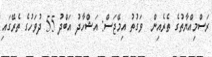
ރަސްމިއްޔާތުގެ ތެރެއިން  ވަގުތު އިމޭޖަސް: އަޝްހާދު އަބްދު 55 ދުވަހުގެ ތެރޭގައި